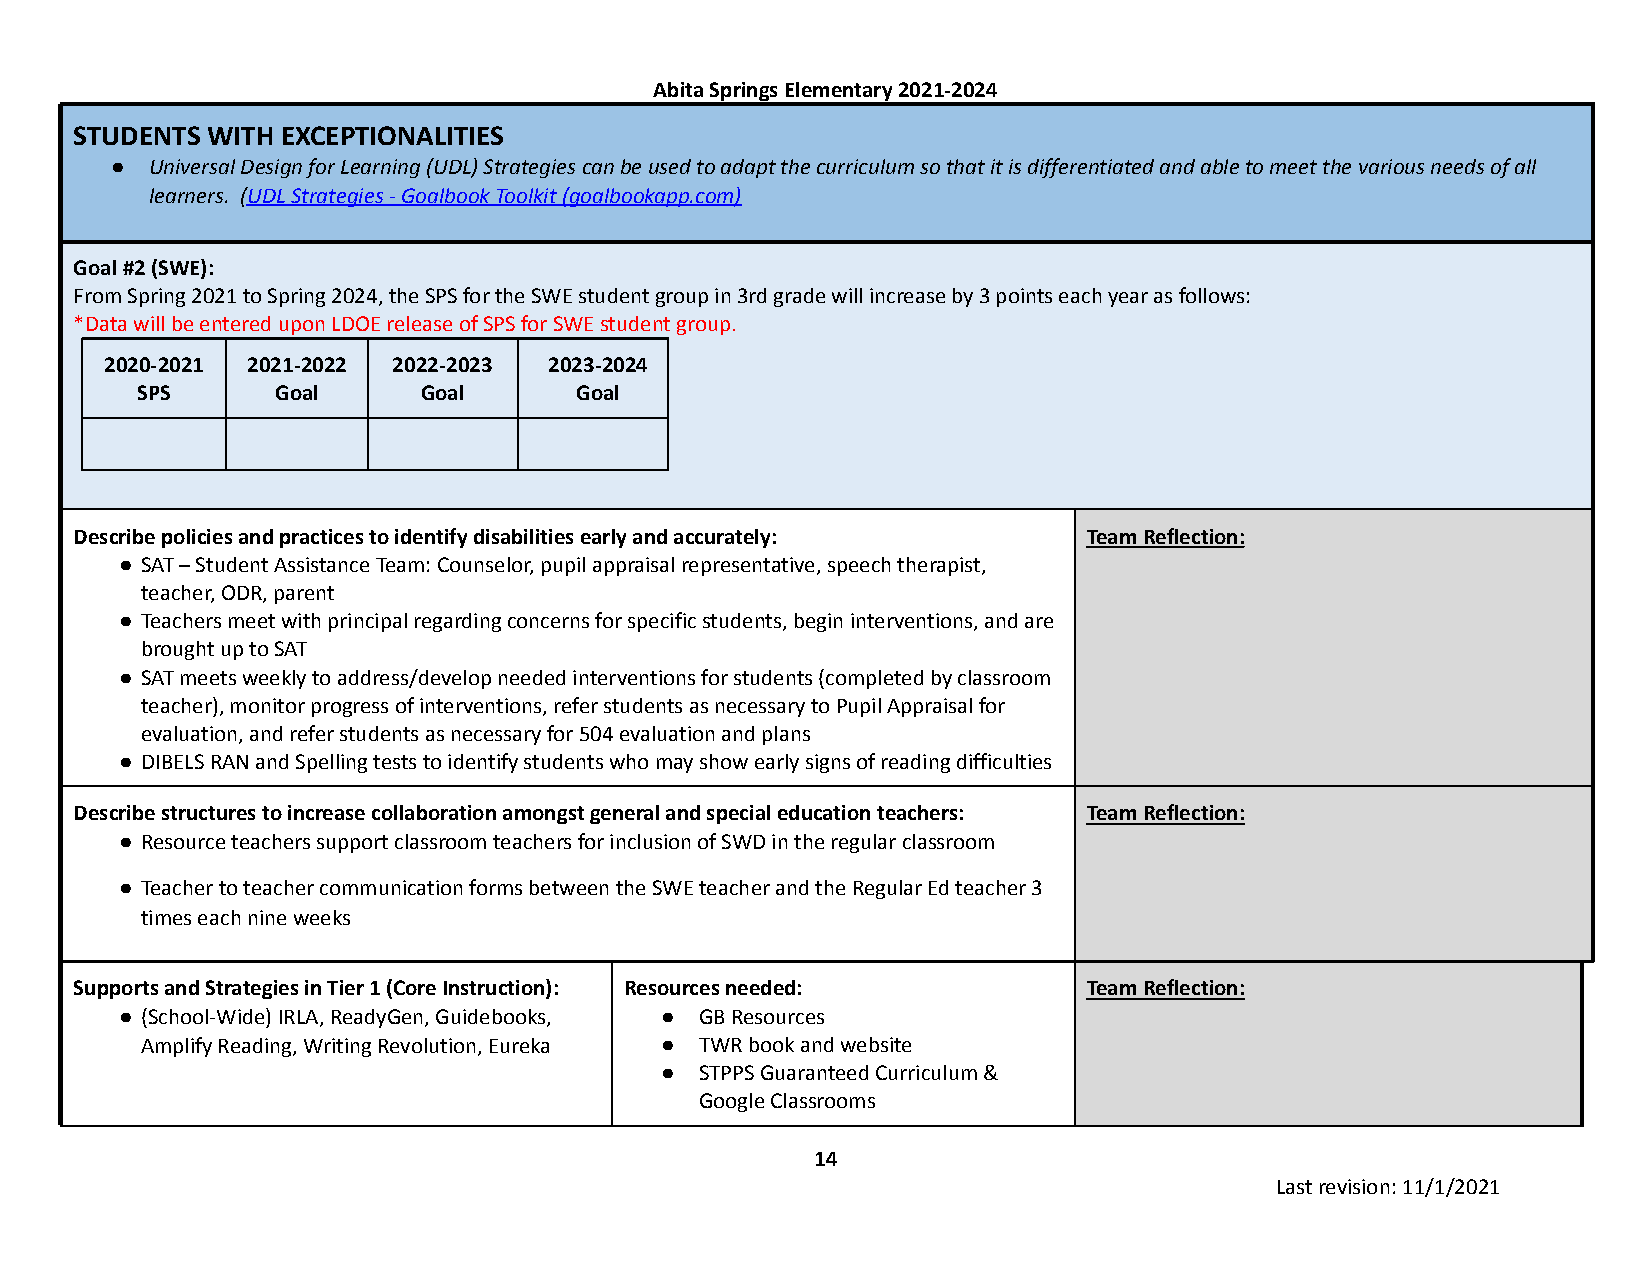
Abita Springs Elementary 2021-2024
 STUDENTS WITH EXCEPTIONALITIES
 ●  Universal Design for Learning (UDL) Strategies can be used to adapt the curriculum so that it is differentiated and able to meet the various needs of all
 learners. (UDL Strategies - Goalbook Toolkit (goalbookapp.com)
 Goal #2 (SWE):
 From Spring 2021 to Spring 2024, the SPS for the SWE student group in 3rd grade will increase by 3 points each year as follows:
 *Data will be entered upon LDOE release of SPS for SWE student group.
 2020-2021 2021-2022 2022-2023 2023-2024
 SPS      Goal      Goal      Goal
 Describe policies and practices to identify disabilities early and accurately: Team Reflection:
 ● SAT – Student Assistance Team: Counselor, pupil appraisal representative, speech therapist,
 teacher, ODR, parent
 ● Teachers meet with principal regarding concerns for specific students, begin interventions, and are
 brought up to SAT
 ● SAT meets weekly to address/develop needed interventions for students (completed by classroom
 teacher), monitor progress of interventions, refer students as necessary to Pupil Appraisal for
 evaluation, and refer students as necessary for 504 evaluation and plans
 ● DIBELS RAN and Spelling tests to identify students who may show early signs of reading difficulties
 Describe structures to increase collaboration amongst general and special education teachers: Team Reflection:
 ● Resource teachers support classroom teachers for inclusion of SWD in the regular classroom
 ● Teacher to teacher communication forms between the SWE teacher and the Regular Ed teacher 3
 times each nine weeks
 Supports and Strategies in Tier 1 (Core Instruction): Resources needed: Team Reflection:
 ● (School-Wide) IRLA, ReadyGen, Guidebooks, ● GB Resources
 Amplify Reading, Writing Revolution, Eureka ● TWR book and website
 ● STPPS Guaranteed Curriculum &
 Google Classrooms
 14
 Last revision: 11/1/2021